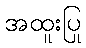
အထူးပြု